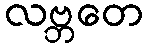
လဗ္ဘတေ